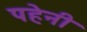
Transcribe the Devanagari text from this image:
पहेनी